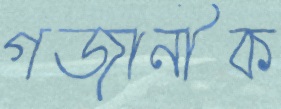
গজানীক